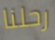
رحلنا